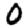
Digit: 0